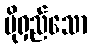
ပိုရှည်သော